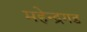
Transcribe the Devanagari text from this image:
महेन्द्रगड